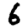
Digit: 6